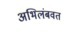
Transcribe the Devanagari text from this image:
अभिलंबवत